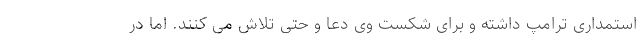
استمداری ترامپ داشته و برای شکست وی دعا و حتی تلاش می کنند. اما در